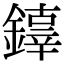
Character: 𨬕